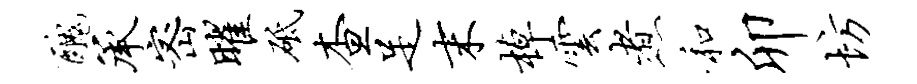
丑承密曜砥查足末棹云煮和卯坊